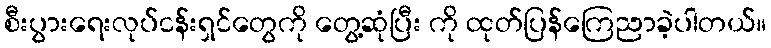
စီးပွားရေးလုပ်ငန်းရှင်တွေကို တွေ့ဆုံပြီး ကို ထုတ်ပြန်ကြေညာခဲ့ပါတယ်။